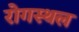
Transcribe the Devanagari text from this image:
रोगस्थल